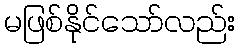
မဖြစ်နိုင်သော်လည်း